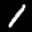
Label: 1